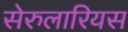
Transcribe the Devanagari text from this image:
सेरुलारियस